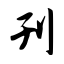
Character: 刊